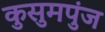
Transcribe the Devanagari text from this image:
कुसुमपुंज